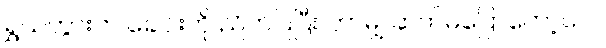
ရွှယ်ဟွားက ခေါင်းကို ညိတ်ပြပြီး ဘာမျှ ဆက်မပြောတော့ပေ။